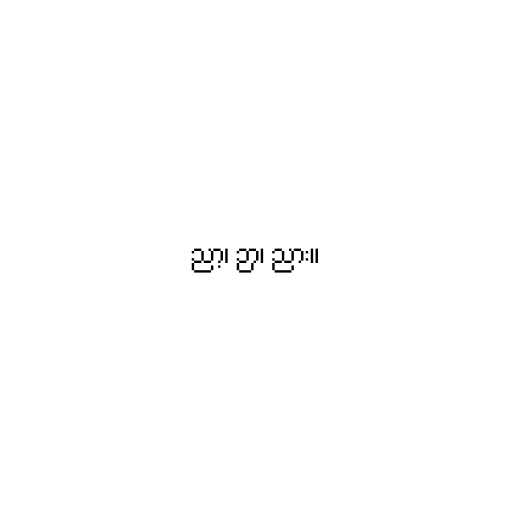
ညာ့၊ ဉာ၊ ညား။